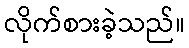
လိုက်စားခဲ့သည်။